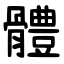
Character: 體